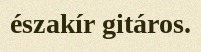
északír gitáros.